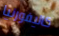
كاليفورنيا